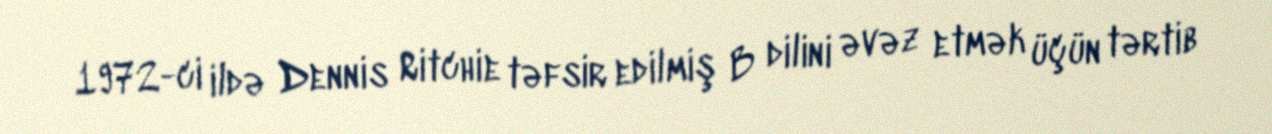
1972-ci ildə Dennis Ritchie təfsir edilmiş B dilini əvəz etmək üçün tərtib